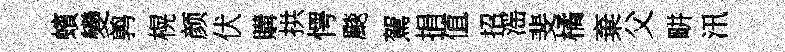
蠙變鹑榥颜伏購拱愕颷駕捐值招滛斐橘棄父畊汛